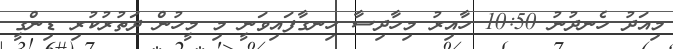
މިއަދު ހެނދުނު 10:50 ހާއިރު މިހާދިސާ ހިނގާފައިވަނީ މި މީހުން ދަތުރުކުރި ޑިންގީ